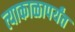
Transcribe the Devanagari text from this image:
त्याकाळापर्यंत